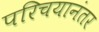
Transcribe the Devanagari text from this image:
परिचयानंतर